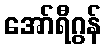
အော်ရီဂွန်